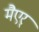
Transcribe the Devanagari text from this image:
मैएर्